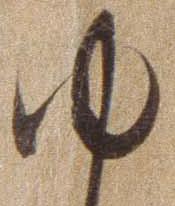
ゆ